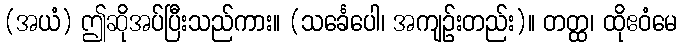
(အယံ) ဤဆိုအပ်ပြီးသည်ကား။ (သင်္ခေပေါ၊ အကျဉ်းတည်း)။ တတ္ထ၊ ထိုဧဝံမေ